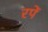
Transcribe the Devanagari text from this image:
रपें